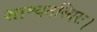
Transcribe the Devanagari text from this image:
शाश्वतस्थिरः।